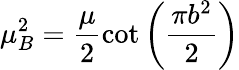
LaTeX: \mu_{B}^{2}=\frac\mu 2\cot\left(\frac{\pi b^{2}}2\right)